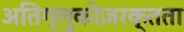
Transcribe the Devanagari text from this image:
अतिग्लुकोज़रक्तता